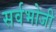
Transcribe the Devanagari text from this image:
सर्वभोजी